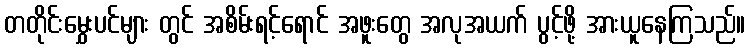
တတိုင်းမွှေးပင်များ တွင် အစိမ်းရင့်ရောင် အဖူးတွေ အလုအယက် ပွင့်ဖို့ အားယူနေကြသည်။